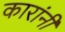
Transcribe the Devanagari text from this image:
कारांनी